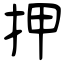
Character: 押